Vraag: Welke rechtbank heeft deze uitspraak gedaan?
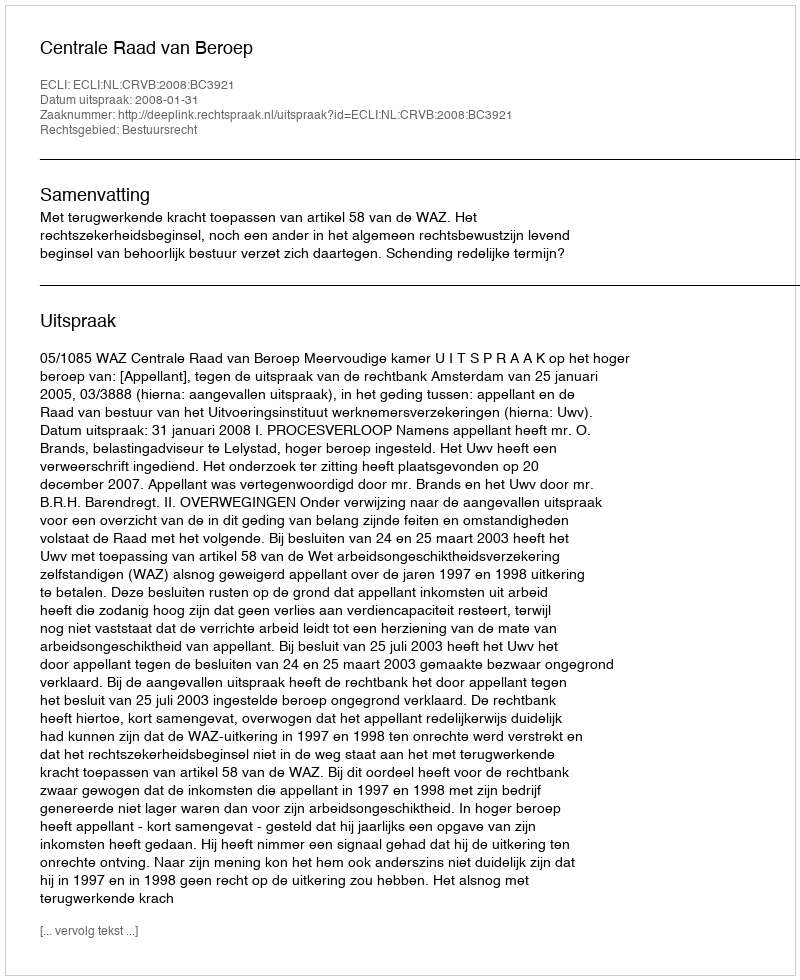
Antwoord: Centrale Raad van Beroep